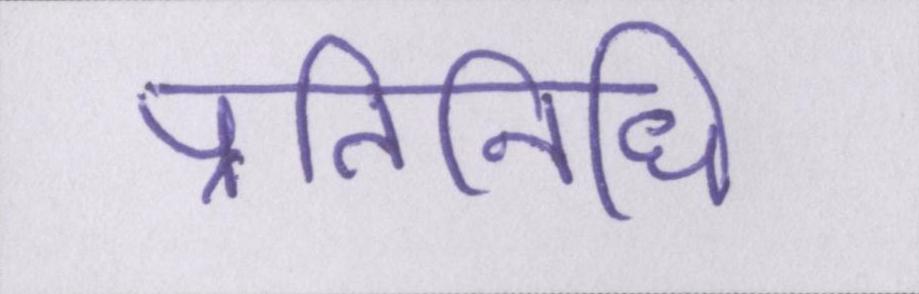
प्रतिनिधि